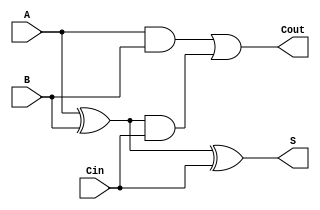
module CarryLookaheadFullAdder (
    input wire A,      // First input bit
    input wire B,      // Second input bit
    input wire Cin,    // Carry-in bit
    output wire S,     // Sum output
    output wire Cout   // Carry-out output
);

    // Internal signals for propagate and generate
    wire P;           // Propagate signal
    wire G;           // Generate signal
    wire C1;          // Intermediate carry output

    // Generate propagate and generate signals
    assign P = A ^ B; // P = A XOR B
    assign G = A & B; // G = A AND B

    // Calculate the carry-out
    assign C1 = G | (P & Cin); // C1 = G + (P * Cin)
    assign Cout = C1;           // Cout is the same as C1

    // Calculate the sum output
    assign S = P ^ Cin;         // S = P XOR Cin

endmodule